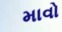
માવો